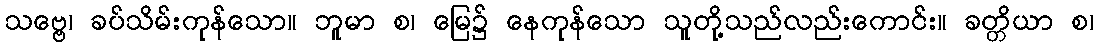
သဗ္ဗေ၊ ခပ်သိမ်းကုန်သော။ ဘူမာ စ၊ မြေ၌ နေကုန်သော သူတို့သည်လည်းကောင်း။ ခတ္တိယာ စ၊